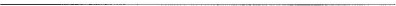
___